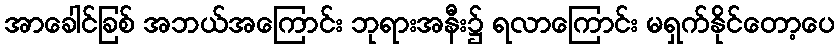
အာခေါင်ခြစ် အဘယ်အကြောင်း ဘုရားအနီး၌ ရလာကြောင်း မရှက်နိုင်တော့ပေ